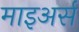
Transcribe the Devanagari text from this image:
माइअर्स